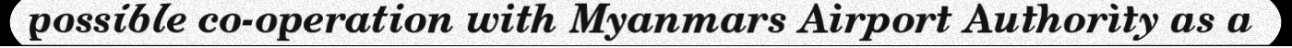
possible co-operation with Myanmars Airport Authority as a